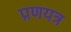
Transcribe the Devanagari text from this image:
प्रणयत्र